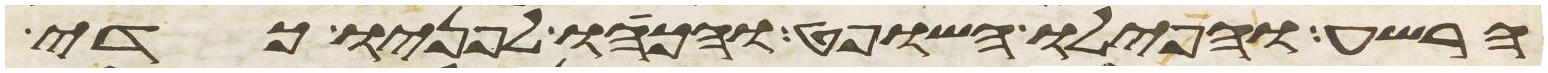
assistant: הרשע והפילו השופט והכהו לפניו כדי